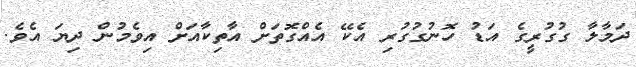
ދަމާލާާ ގުގުރީގެ އަޑު ހޮނުގުގުރި އެކޭ އެއްގޮތަށް އާތިކާއަށް އިވެމުން ދިޔަ އެވެ.